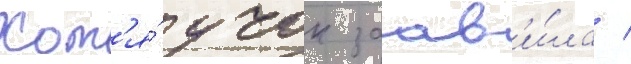
Хот'я́ учок заав'и́ла /